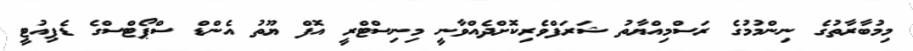
މިމުބާރާތުގެ ނިންމުމުގެ ރަސްމިއްޔާތު ޝަރަފްވެރިކޮށްދެއްވާނީ މިނިސްޓްރީ އޮފް ޔޫތު އެންޑް ސްޕޯޓްސްގެ ޑެޕިއުޓީ